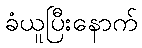
ခံယူပြီးနောက်